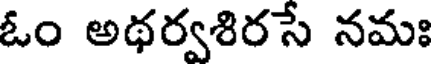
ఓం అథర్వశిరసే నమః